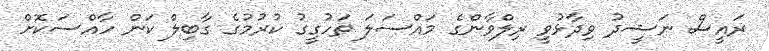
ރައީސް ނަޝީދު ވިދާޅުވީ ރިލްވާންގެ މައްސަލަ ތަހުގީގު ކުރުމުގެ ގާބިލް ކަން ހާއްސަކޮށް